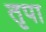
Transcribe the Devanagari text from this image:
तृपा